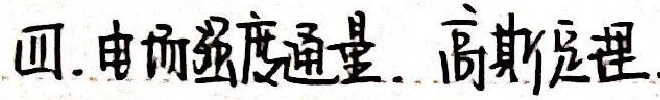
四. 电场强度通量. 高斯定理.